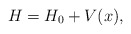
\begin{align*}H=H_0+V(x),\end{align*}